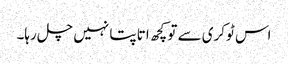
اس ٹوکری سے تو کچھ اتا پتا نہیں چل رہا۔